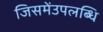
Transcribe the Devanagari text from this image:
जिसमेंउपलब्धि